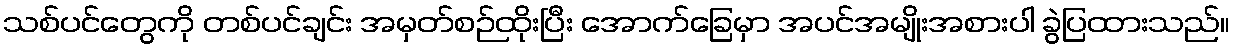
သစ်ပင်တွေကို တစ်ပင်ချင်း အမှတ်စဉ်ထိုးပြီး အောက်ခြေမှာ အပင်အမျိုးအစားပါ ခွဲပြထားသည်။